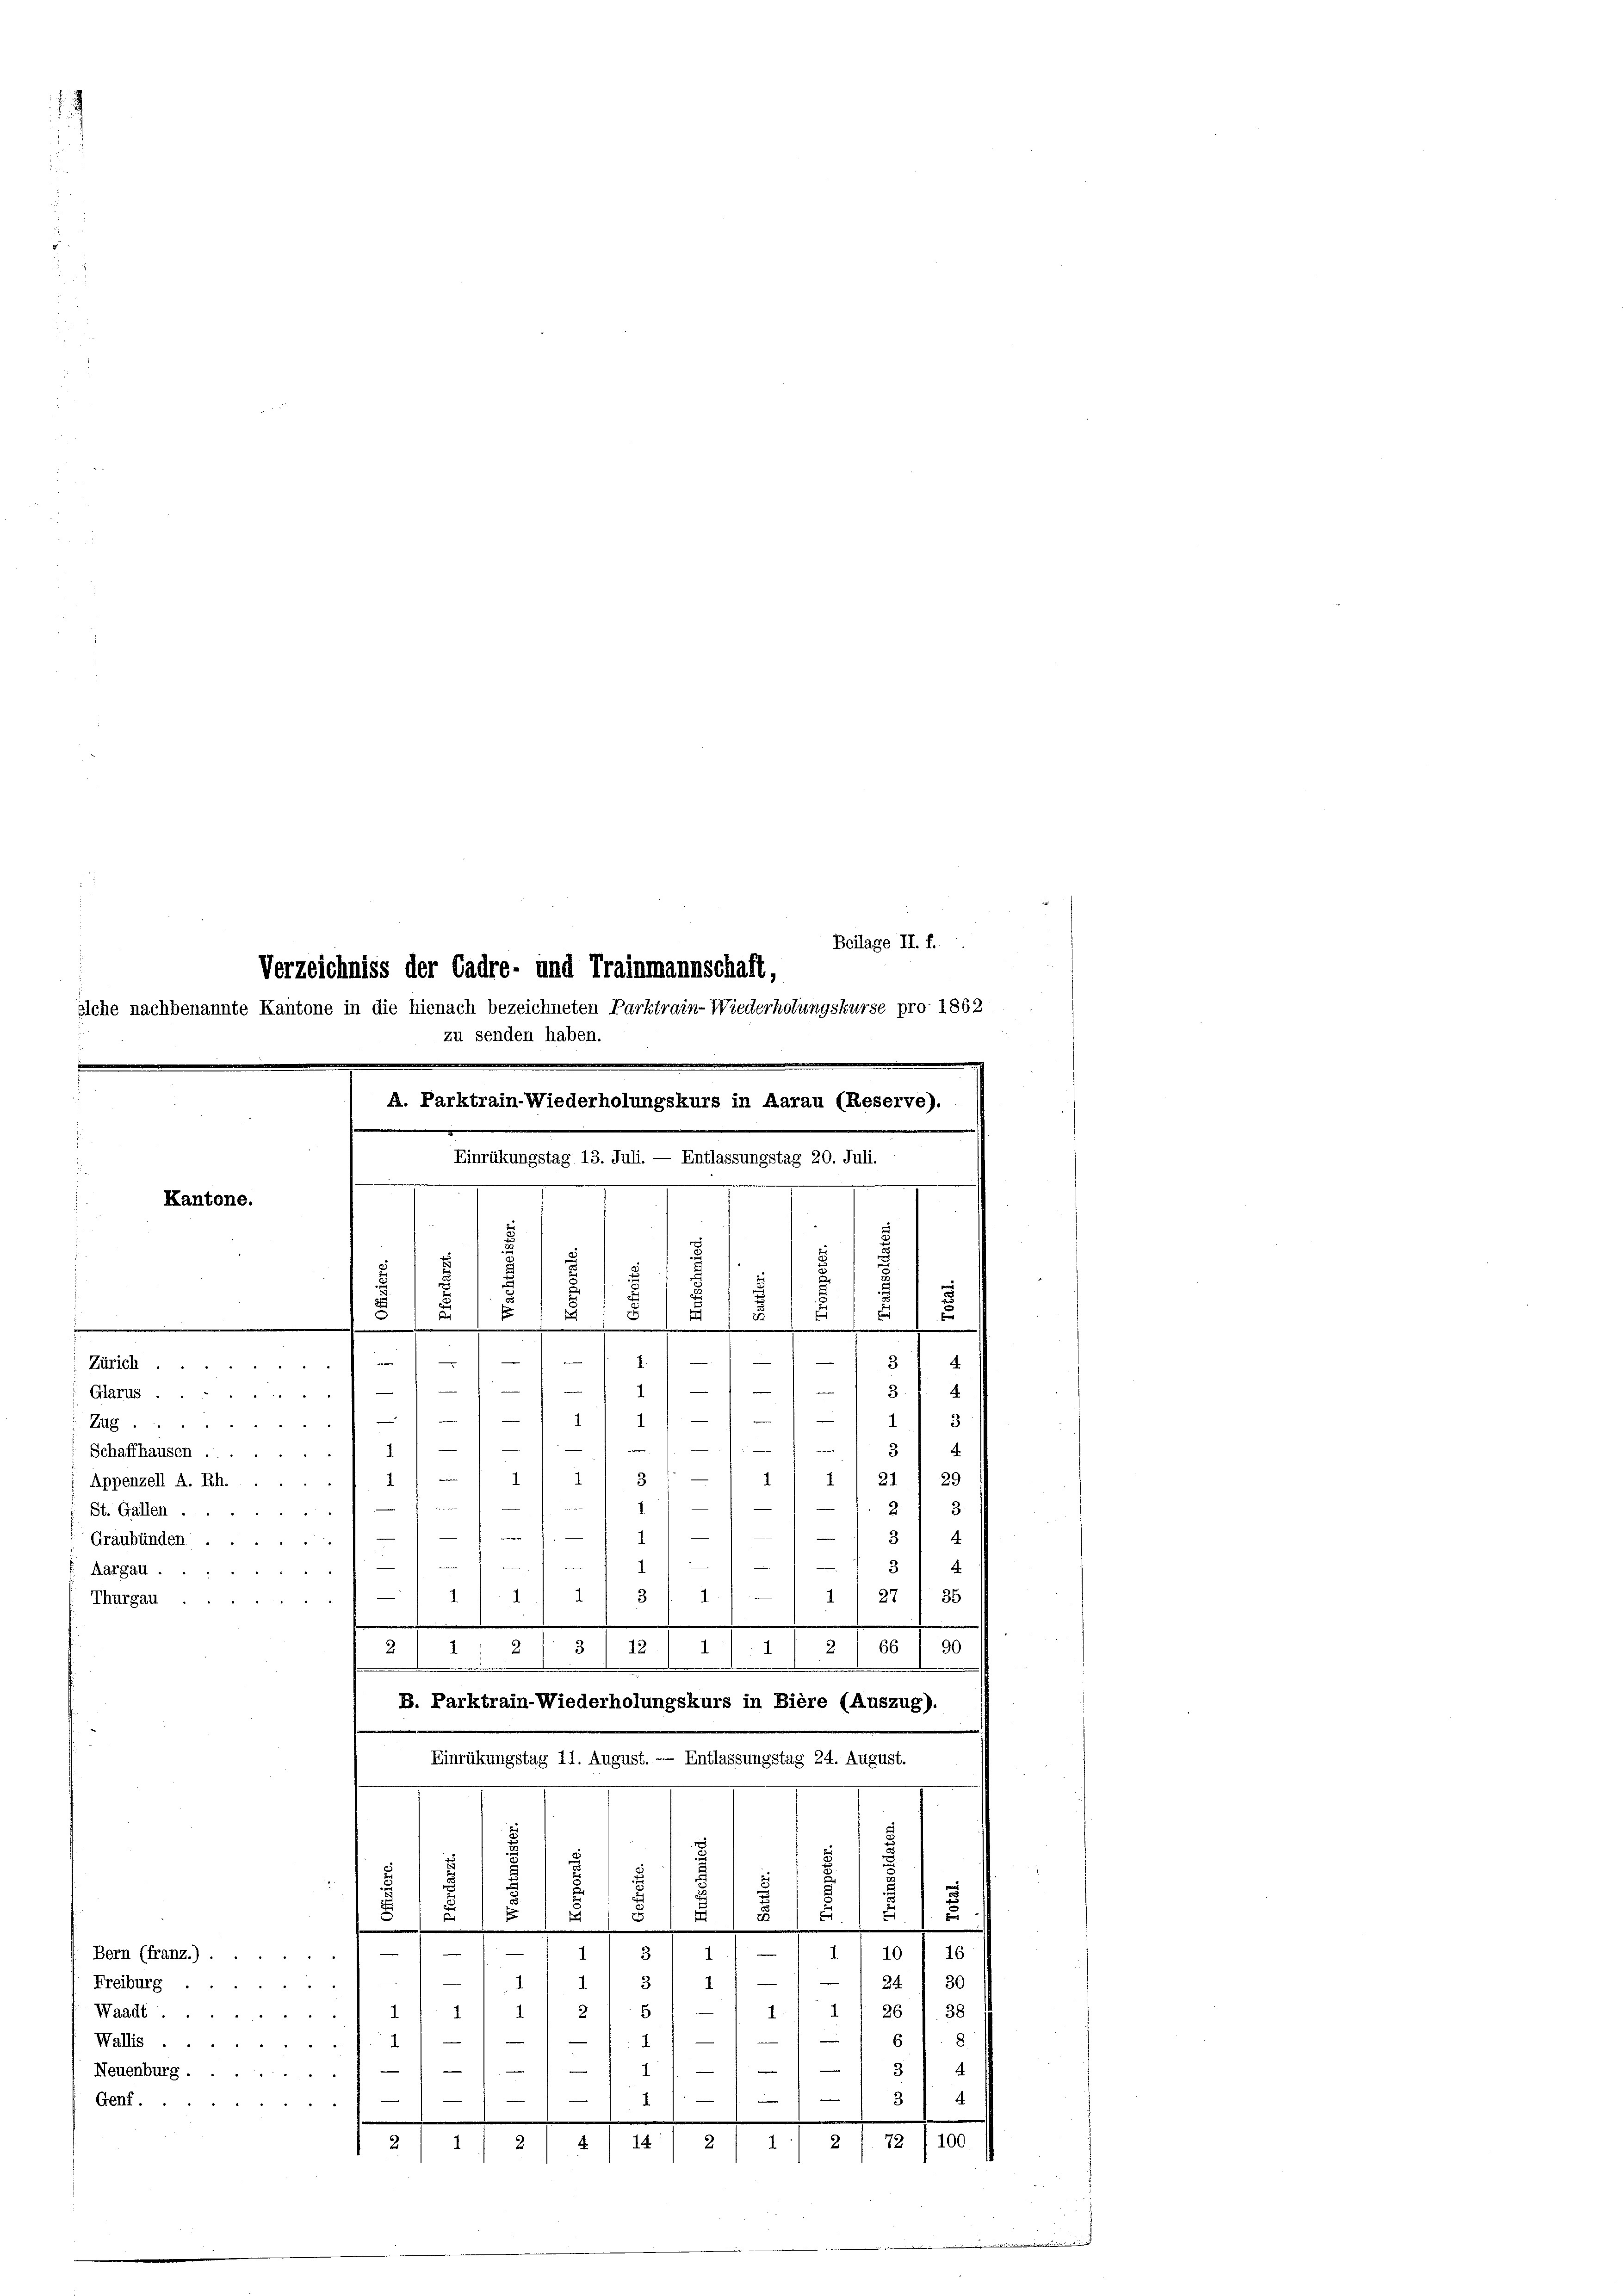
Beilage II. f.
Verzeichniss der Cadre- und Trainmannschaft,
rse pro 1862
elche nachbenannte Kantone in die hienach bezeichneten Parktrain-Wiederh
zu senden haben.
.
A. Parktrain-Wiederholungskurs in Aarau (Reserve).
Einrükungstag 13. Juli. — Entlassungstag 20. Juli.
Kantone.
.
E
E
f
u

.
1
.

9
Zue)
.
 411
3
4
Glarus.
—
.

1)
I
1
3
Zug ...
3 4
7
Schaffhausen.

1
31 — 1 1 l i I 21) 29
Appenzell A. Rh.

1
1. 2. 3
St. Gallen .
11/11 13) 4
e
Graubünden
.
3 4

.
Aargau.
.
r
35
27
1
1
1
1
3
Thurgau
e

.
.
3
2* 66) 90
1
2
d
12
2
1

Einrückungstag 11. August. — Entlassungstag 24. August.
n
3
.
E
.
¬
.
e
e
a
.
—
—
—
3
11/11 10) 16
1
Bern (franz.)
24) 30
11 3
Freiburg ...
"
1
1.
2
1./ 1 f 26 1 38
—
5
Waadt
61. g
1
Wallis.
2

1
g
e
e
3 4
e
Neuenburg.
Genf.
7/13
.
2 /. 72 (100
2
4) 14
.
2
2

B. Parktrain-Wiederholungskurs in Biere (Auszug).